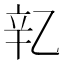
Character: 𬨖